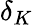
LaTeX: \delta_{K}